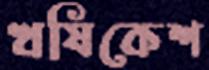
ঋষিকেশ